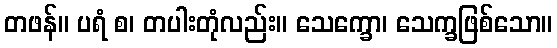
တဖန်။ ပရံ စ၊ တပါးတုံလည်း။ သေက္ခော၊ သေက္ခဖြစ်သော။